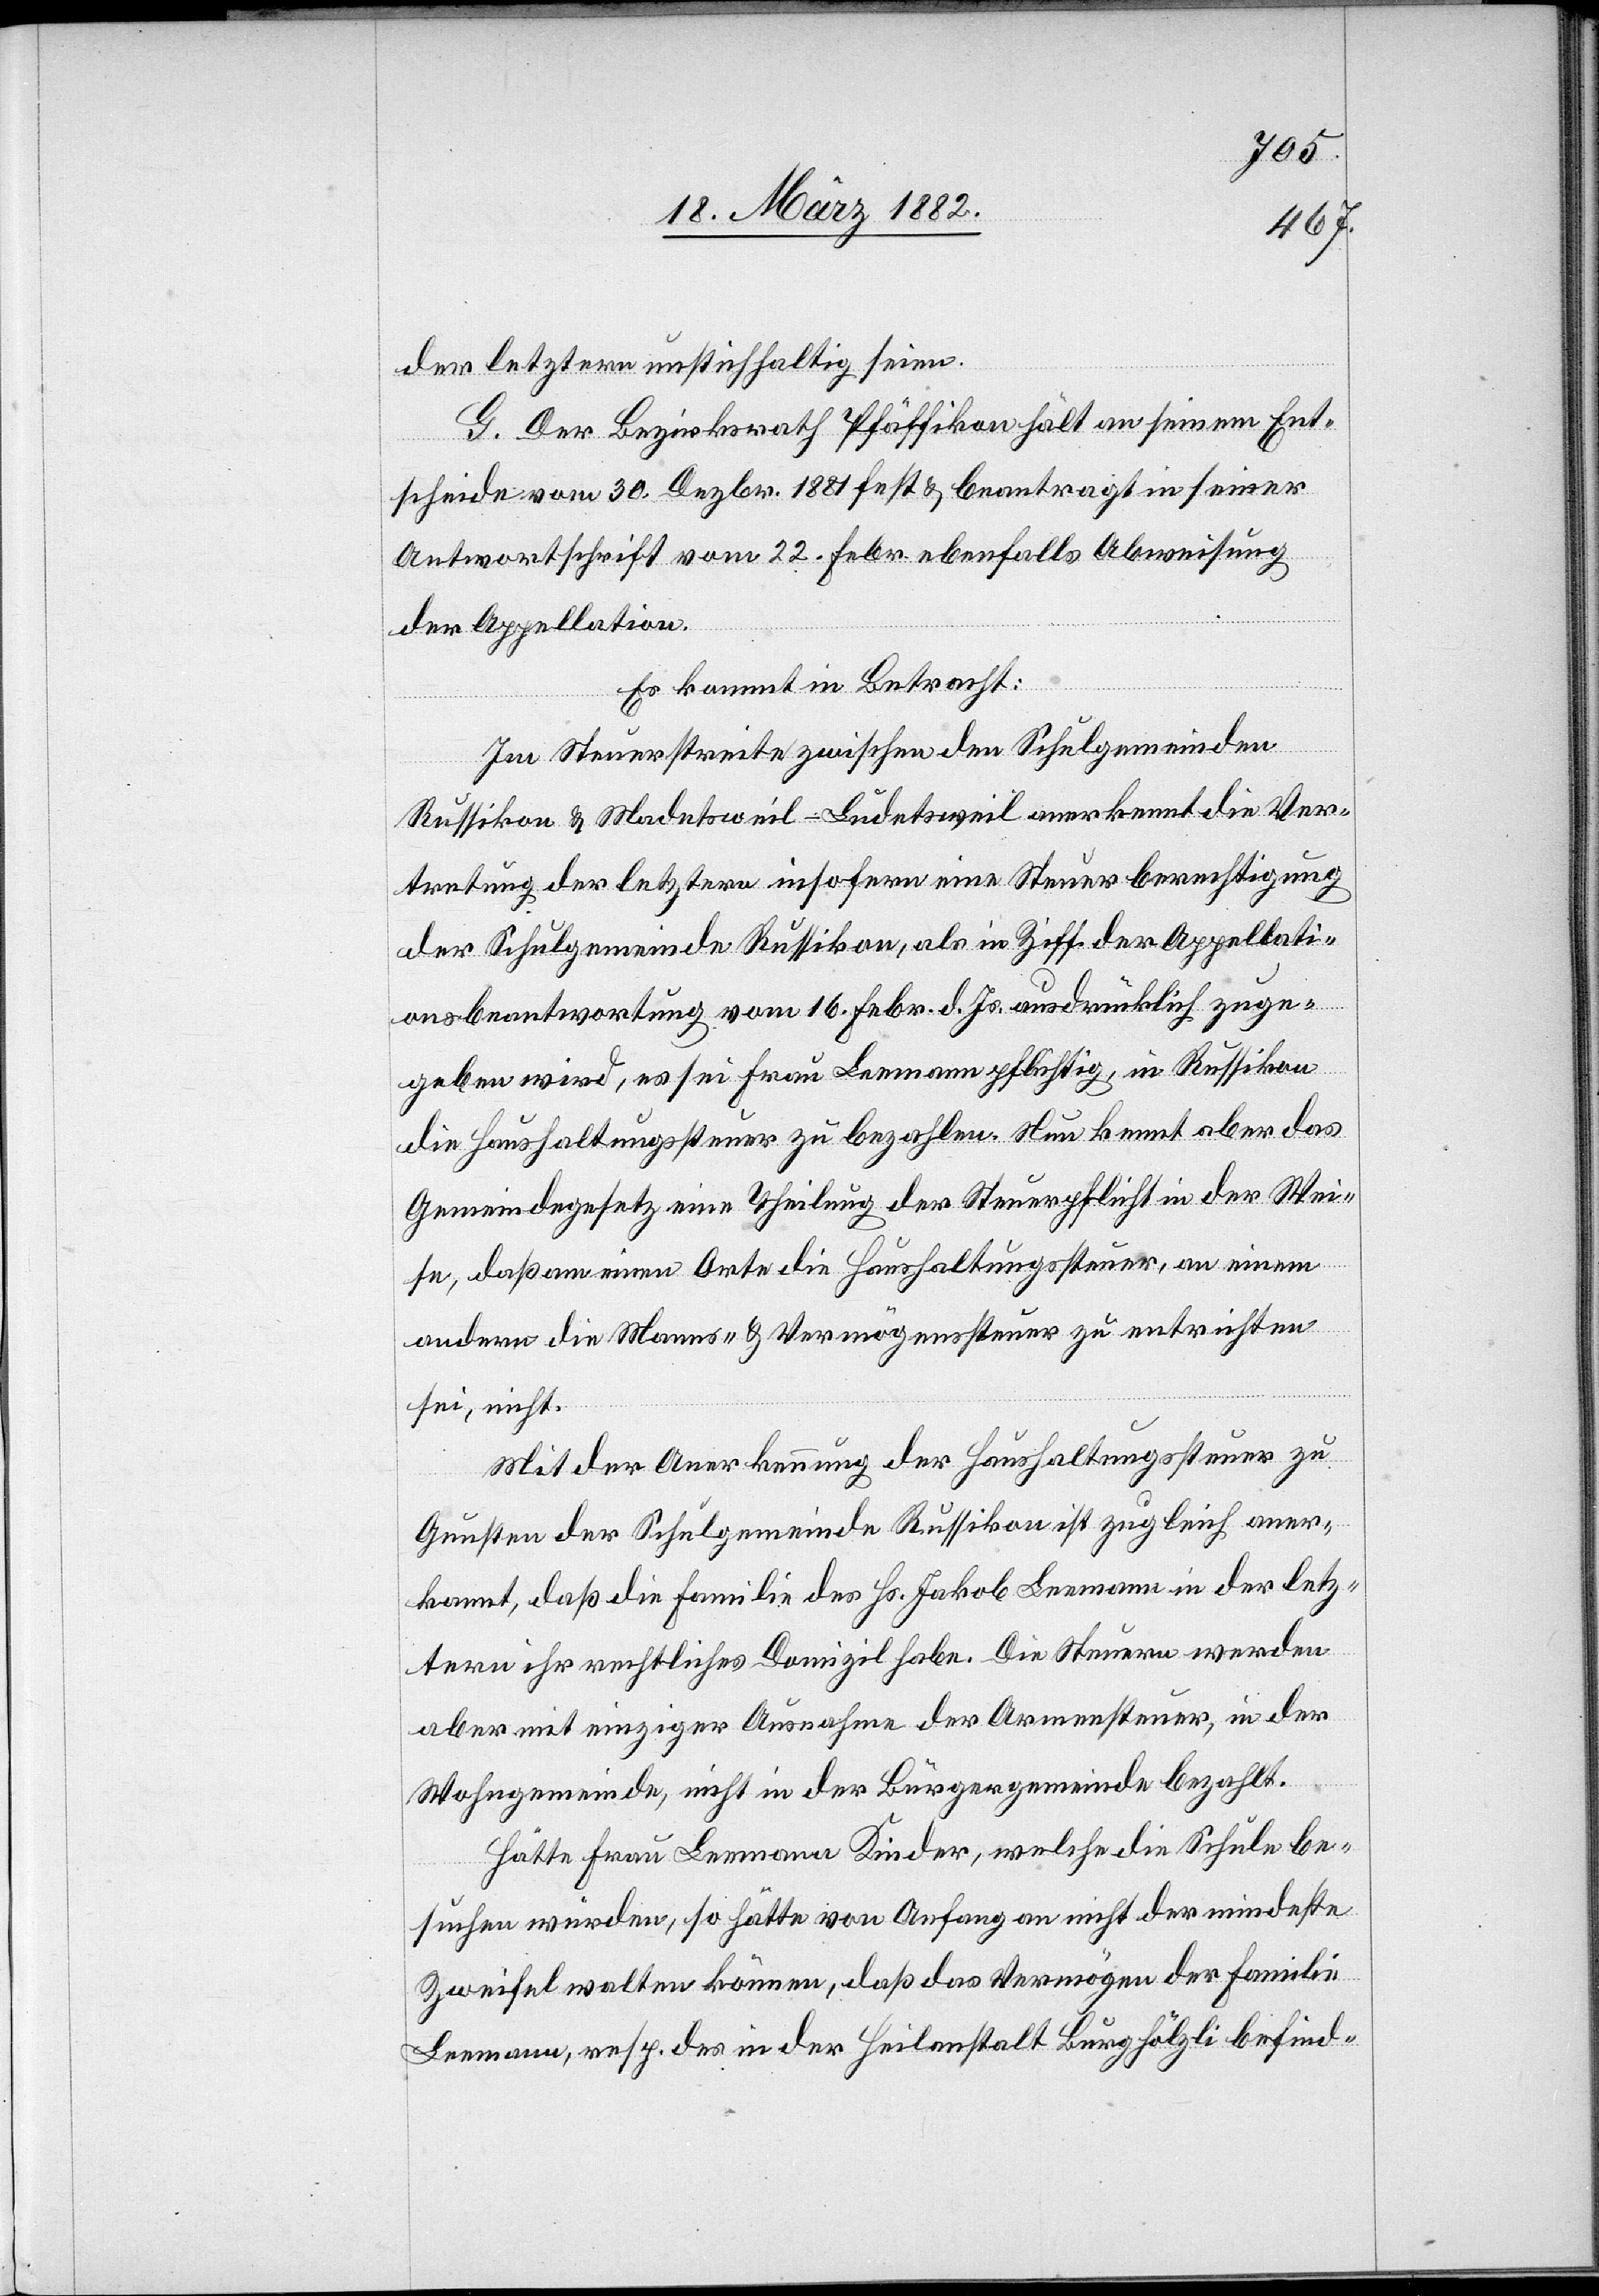
der letztern unstichhaltig seien.
G. Der Bezirksrath Pfäffikon hält an seinem Ent¬
scheide vom 30. Dezbr. 1881 fest & beantragt in seiner
Antwortschrift vom 22. Febr. ebenfalls Abweisung
der Appellation.
Es kommt in Betracht:
Im Steuerstreite zwischen den Schulgemeinden
Russikon & Madetsweil-Ludetsweil anerkennt die Ver¬
tretung der letztern insofern eine Steuerberechtigung
der Schulgemeinde Russikon, als in Ziff. der Appellati¬
onsbeantwortung vom 16. Febr. d. Js. ausdrücklich zuge¬
geben wird, es sei Frau Leemann pflichtig, in Russikon
die Haushaltungssteuer zu bezahlen. Nun kennt aber das
Gemeindegesetz eine Theilung der Steuerpflicht in der Wei¬
se, daß an einem Orte die Haushaltungssteuer, an einem
andern die Namens- & Vermögenssteuer zu entrichten
sei, nicht.
Mit der Anerkennung der Haushaltungssteuer zu
Gunsten der Schulgemeinde Russikon ist zugleich aner¬
kannt, daß die Familie des Hs. Jakob Leemann in der letz¬
ern ihr rechtliches Domizil habe. Die Steuern werden
aber mit einziger Ausnahme der Armensteuer, in der
Wohngemeinde, nicht in der Bürgergemeinde bezahlt.
Hätte Frau Leemann Kinder, welche die Schule be¬
suchen würden, so hätte von Anfang an nicht der mindeste
Zweifel walten können, daß das Vermögen der Familie
Leemann, resp. des in der Heilanstalt Burghölzli befind-